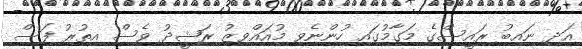
އަދި ނައިބު ރައީސްގެ މަގާމުގައި ހުންނެވި މުއައްވިޒު ރަޝީދު ވެސް އިތުރު ފަސް